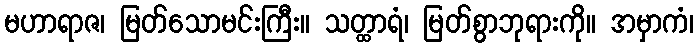
မဟာရာဇ၊ မြတ်သောမင်းကြီး။ သတ္ထာရံ၊ မြတ်စွာဘုရားကို။ အမှာကံ၊